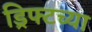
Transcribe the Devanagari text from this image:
ड्रिफ्टच्या